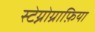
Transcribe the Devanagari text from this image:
स्टेग्नोग्राफ़िया